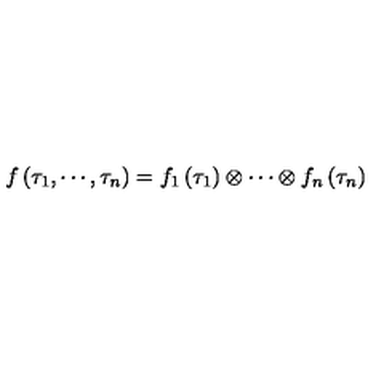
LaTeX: f \left( \tau _ { 1 } , \cdots , \tau _ { n } \right) = f _ { 1 } \left( \tau _ { 1 } \right) \otimes \cdots \otimes f _ { n } \left( \tau _ { n } \right)